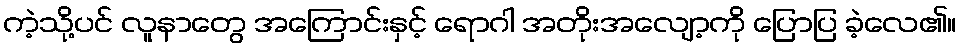
ကဲ့သို့ပင် လူနာတွေ အကြောင်းနှင့် ရောဂါ အတိုးအလျော့ကို ပြောပြ ခဲ့လေ၏။